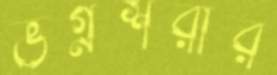
ভগ্নশরীর